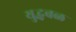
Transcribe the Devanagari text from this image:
युद्धबळ